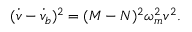
( \dot { v } - \dot { v } _ { b } ) ^ { 2 } = ( M - N ) ^ { 2 } \omega _ { m } ^ { 2 } v ^ { 2 } .